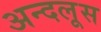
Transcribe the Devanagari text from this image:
अन्दलूस